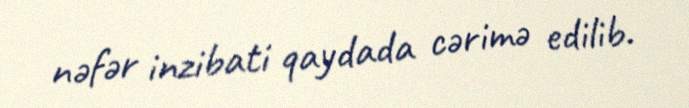
nəfər inzibati qaydada cərimə edilib.